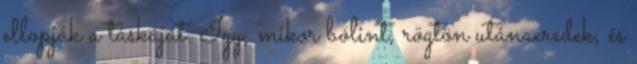
ellopják a táskáját. Így, mikor bólint, rögtön utánaeredek, és